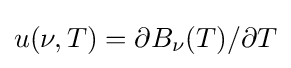
u(\nu ,T)=\partial B_{\nu }(T)/\partial T